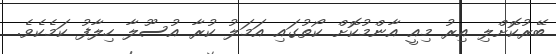
ބޭރުކޮށްލި އިރު މިއީ އާންމުކޮށް ކޯތުގައި އަމަލު ކުރާ އުސޫލާ ހިލާފު ކަމެކެވެ.